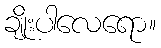
ချိုးပါလေရော။